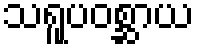
သရူပဝစ္ဆာယ